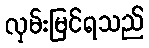
လှမ်းမြင်ရသည်